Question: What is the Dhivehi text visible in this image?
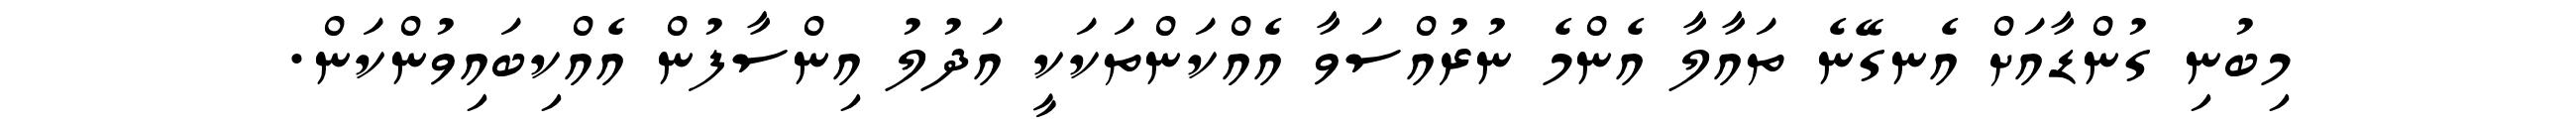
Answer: މިބުނި ގުންޑާއަށް އެނގޭނެ ތައާލާ އެންމެ ނުރުއްސަވާ އެއްކަންތަކަކީ އަދުލު އިންސާފުން އެއްކިބައިވުންކަން.